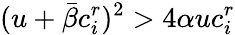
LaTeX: (u+\bar{\beta}c_{i}^{r})^{2}>4\alpha uc_{i}^{r}